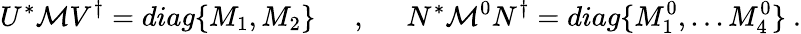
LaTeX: U^{*}{\cal M}V^{\dagger}=diag\{ M_{1},M_{2}\} \; \; \; \; \; ,\; \; \; \; \; N^{*}{\cal M}^{0}N^{\dagger}=diag\{ M_{1}^{0},...M_{4}^{0}\} \ .